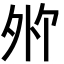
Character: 𪤸